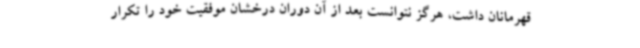
قهرمانان داشت، هرگز نتوانست بعد از آن دوران درخشان موفقیت خود را تکرار